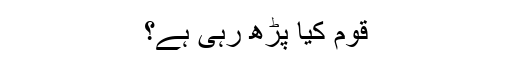
قوم کیا پڑھ رہی ہے؟